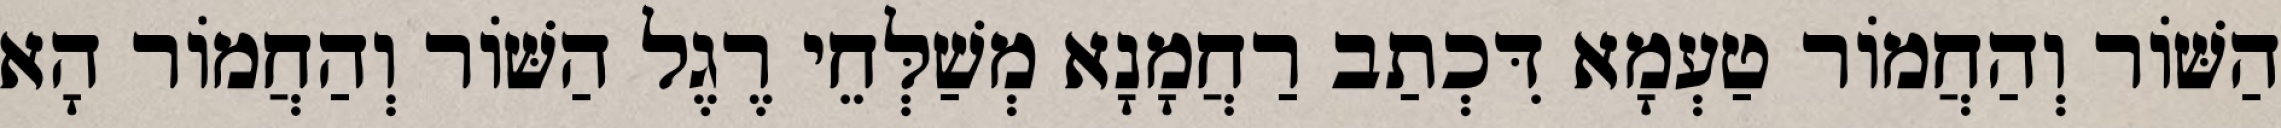
הַשּׁוֹר וְהַחֲמוֹר טַעְמָא דִּכְתַב רַחֲמָנָא מְשַׁלְּחֵי רֶגֶל הַשּׁוֹר וְהַחֲמוֹר הָא